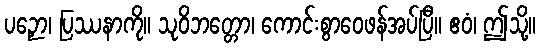
ပဉှော၊ ပြဿနာကို။ သုဝိဘတ္တော၊ ကောင်းစွာဝေဖန်အပ်ပြီ။ ဧဝံ၊ ဤသို့။